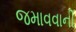
જમાવવાની